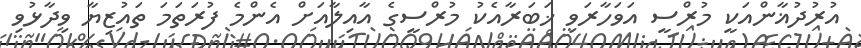
އުރުދުޣާންއަކީ މުރްސީ އަވަހާރަވި ޚަބަރާއެކު މުރްސީގެ އާއިލާއަށް އެންމެ ފުރަތަމަ ތައުޒިޔާ ވިދާޅުވި